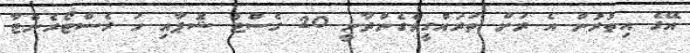
އޭގެ އިތުރުން އެ ރަށް ތަރައްގީވެގެންދާނީ 20 ގެސްޓު ޝޮޕާއި ހަ ރެސްޓޯރެންޓާ